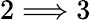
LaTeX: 2\Longrightarrow 3